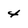
Character: 4